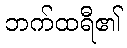
ဘက်ထရီ၏